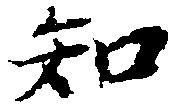
知